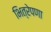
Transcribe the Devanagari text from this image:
भित्रेपणा